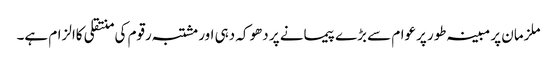
ملزمان پر مبینہ طور پرعوام سے بڑے پیمانے پر دھوکہ دہی اور مشتبہ رقوم کی منتقلی کاالزام ہے۔